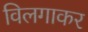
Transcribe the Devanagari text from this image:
विलगाकर